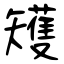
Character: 矱